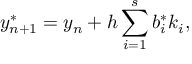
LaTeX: y _ { n + 1 } ^ { * } = y _ { n } + h \sum _ { i = 1 } ^ { s } b _ { i } ^ { * } k _ { i } ,